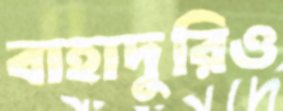
বাহাদুরিও